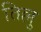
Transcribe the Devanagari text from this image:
तिल्लु